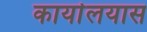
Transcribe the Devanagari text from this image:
कार्यालयास